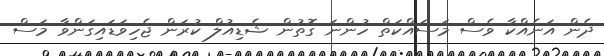
ދެން އަނެއްކާ ވެސް މަސައްކަތް ހުންނަ ގޮތުން ޝެޑިއުލް ކުރަން ޖެހިވަޑައިގަންވާ މަސް